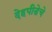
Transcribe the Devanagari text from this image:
देहपीडेचे